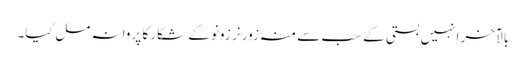
بالآخر انہیں بستی کے سب سے منہ زور نر زونو کے شکار کا پروانہ مل گیا۔